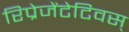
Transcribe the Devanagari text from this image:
रिप्रेजेंटेटिवस्